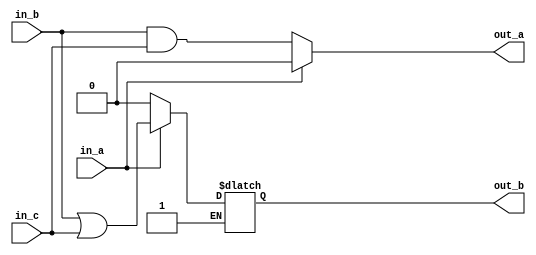
module LAT_NR_MXCB (in_a,in_b,in_c,out_a,out_b);
   input in_a,in_b,in_c;
   output reg out_a, out_b;
   always @(in_a or in_b or in_c)
   begin
      if (in_a == 2'b00)
      begin
         out_a = in_b & in_c;
         out_b = 1'b0;
      end
      else if(in_a == 2'b01)
      begin
         out_a = 1'b0;
         out_b = in_b | in_c;
      end
      else if (in_a == 2'b10)
      begin
         out_a = 1'b0;
      end
      else
      begin
         out_a = 1'b1;
         out_b = 1'b0;
      end
   end
endmodule